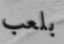
بلعب